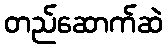
တည်ဆောက်ဆဲ